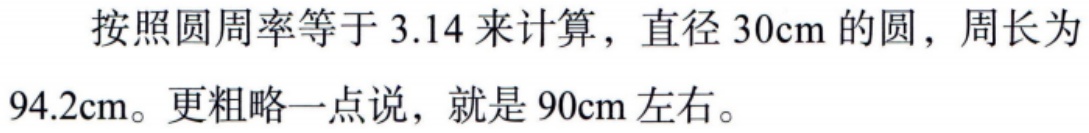
按照圆周率等于 3.14 来计算，直径 30cm 的圆，周长为94.2cm。更粗略一点说，就是 90cm 左右。